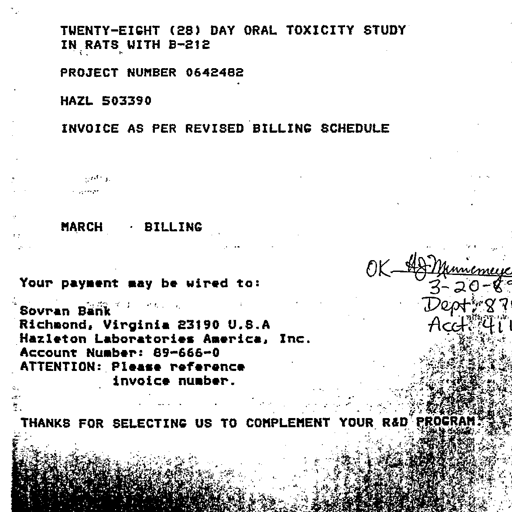
TWENTY-EIGHT (28) DAY ORAL TOXICITY STUDY
IN RATS WITH B-212

PROJECT NUMBER 0642482

HAZL 503390

INVOICE AS PER REVISED BILLING SCHEDULE

MARCH · BILLING

Your payment may be wired to:

Sovran Bank
Richmond, Virginia 23190 U.S.A
Hazleton Laboratories America, Inc.
Account Number: 89-666-0
ATTENTION: Please reference
invoice number. OK HJ Munnemeyer
3-20-89
Dept 870
Acct 411

THANKS FOR SELECTING US TO COMPLEMENT YOUR R&D PROGRAM.